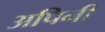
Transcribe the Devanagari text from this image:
अपिनी